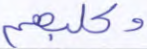
وكلبهم